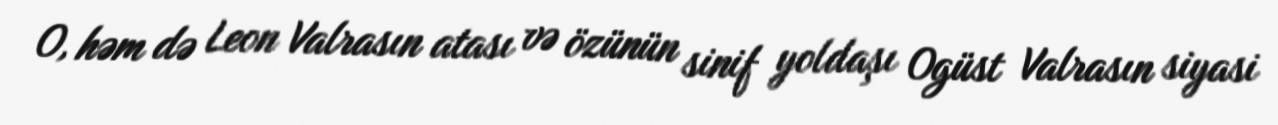
O, həm də Leon Valrasın atası və özünün sinif yoldaşı Ogüst Valrasın siyasi